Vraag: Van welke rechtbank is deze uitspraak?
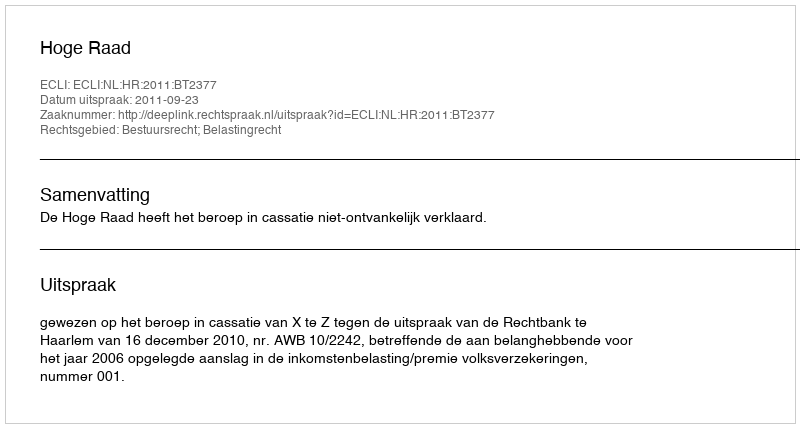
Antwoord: Hoge Raad